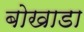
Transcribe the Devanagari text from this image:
बोखाडा